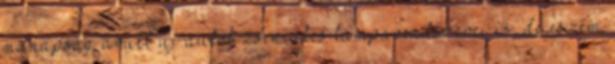
manapság árult új autók zseniális lámparendszerei is, de eszem